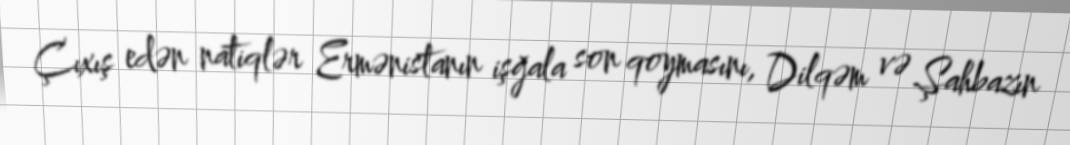
Çıxış edən natiqlər Ermənistanın işğala son qoymasını, Dilqəm və Şahbazın